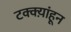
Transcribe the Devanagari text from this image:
टक्क्य़ांहून